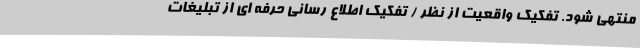
منتهی شود. تفکیک واقعیت از نظر / تفکیک اطلاع رسانی حرفه ای از تبلیغات